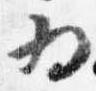
為